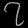
Digit: ၇